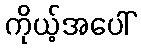
ကိုယ့်အပေါ်